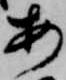
あ